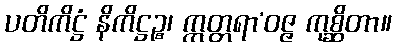
ပတိကိဋ္ဌံ နိကိဋ္ဌဉ္စ၊ ဣတ္တရာ’ဝဇ္ဇ ကုစ္ဆိတာ။